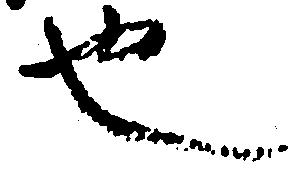
也